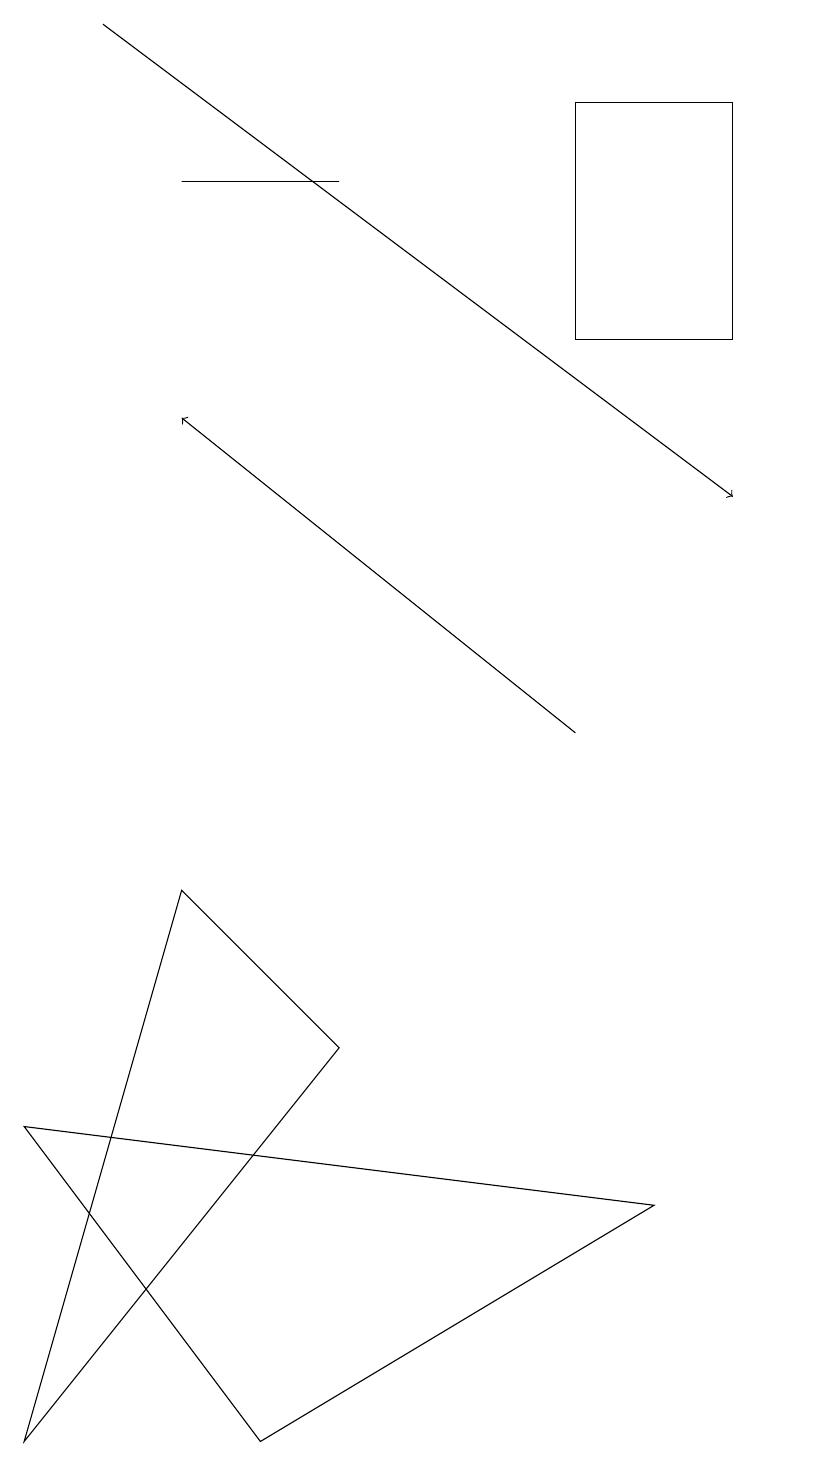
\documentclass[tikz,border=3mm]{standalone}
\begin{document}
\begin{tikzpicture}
\draw (3,1) -- (0,5) -- (8,4) -- cycle;
\draw[->] (1,19) -- (9,13);
\draw (9,15) rectangle (7,18);
\draw (4,17) rectangle (2,17);
\draw (0,1) -- (4,6) -- (2,8) -- cycle;
\draw (10,12) circle (0);
\draw[->] (7,10) -- (2,14);
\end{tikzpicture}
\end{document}